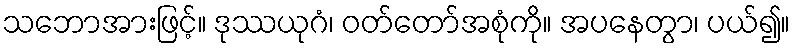
သဘောအားဖြင့်။ ဒုဿယုဂံ၊ ဝတ်တော်အစုံကို။ အပနေတွာ၊ ပယ်၍။